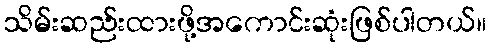
သိမ်းဆည်းထားဖို့အကောင်းဆုံးဖြစ်ပါတယ်။